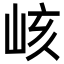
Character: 峐